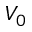
V _ { 0 }